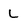
Character: L